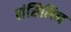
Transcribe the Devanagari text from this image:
लंसिलिन